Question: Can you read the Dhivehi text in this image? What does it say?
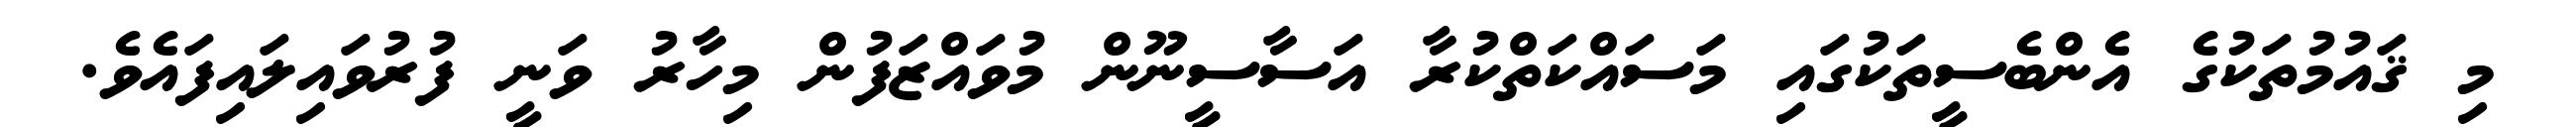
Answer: މި ޤައުމުތަކުގެ އެންބެސީތަކުގައި މަސައްކަތްކުރާ އަސާސީނޫން މުވައްޒަފުން މިހާރު ވަނީ ފުރުވައިލައިފައެވެ.